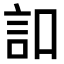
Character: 𧥣